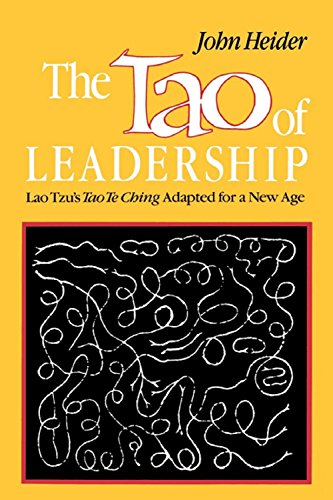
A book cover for The Tao of Leadership: Lao Tzu's Tao Te Ching Adapted for a New Age; John Heider; Religion & Spirituality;